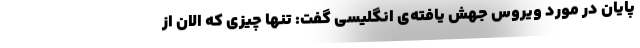
پایان در مورد ویروس جهش یافته‌ی انگلیسی گفت: تنها چیزی که الان از